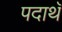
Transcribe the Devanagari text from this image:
पदाथॅ